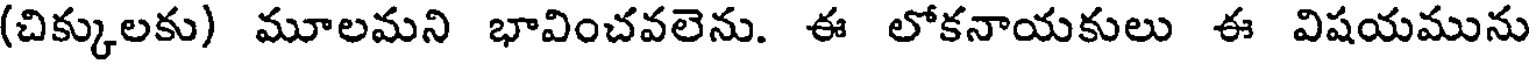
(చిక్కులకు) మూలమని భావించవలెను. ఈ లోకనాయకులు ఈ విషయమును